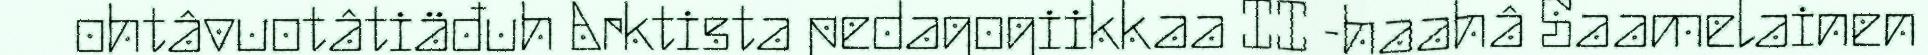
ohtâvuotâtiäđuh Arktista pedagogiikkaa II -haahâ Saamelainen